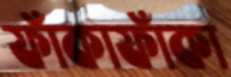
ফাঁকাফাঁকা